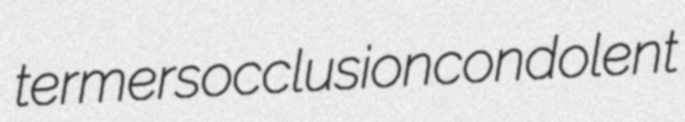
termers occlusion condolent